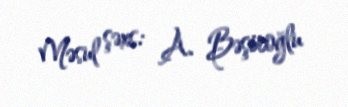
Məsul şəxs: A. Bəşiroğlu